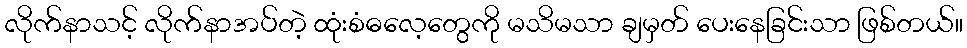
လိုက်နာသင့် လိုက်နာအပ်တဲ့ ထုံးစံဓလေ့တွေကို မသိမသာ ချမှတ် ပေးနေခြင်းသာ ဖြစ်တယ်။